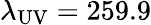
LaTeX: \lambda_{\mathrm{UV}}=259.9